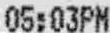
05:03PM